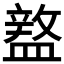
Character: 𥂚